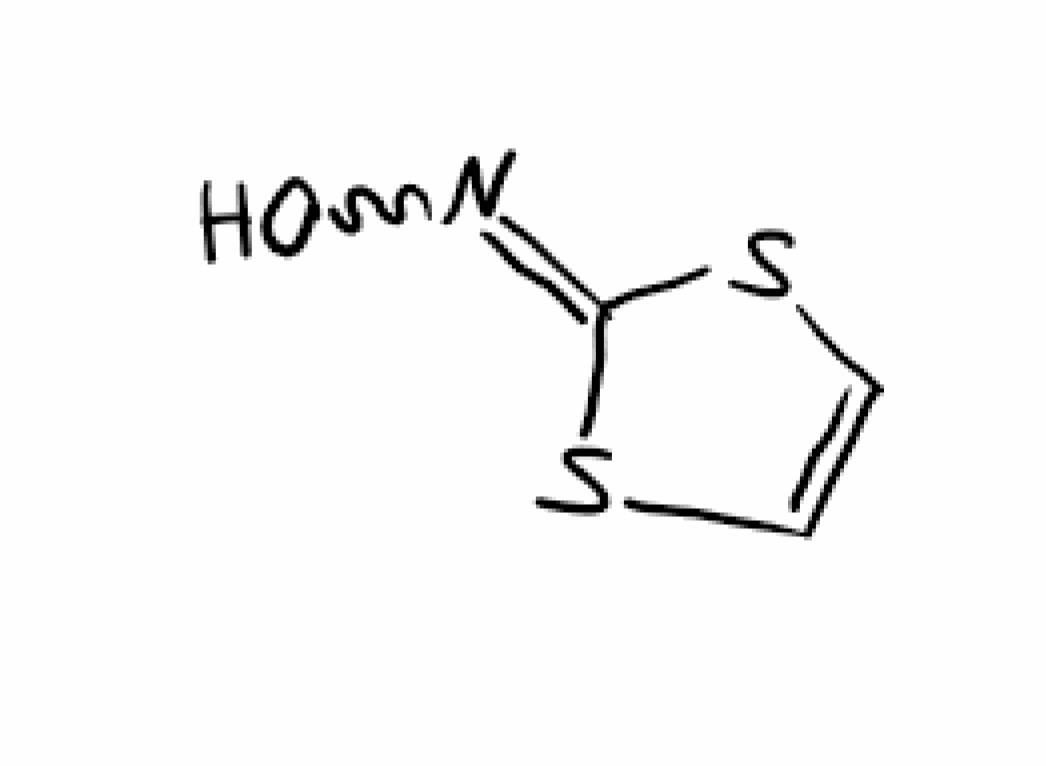
Simplified molecular-input line-entry system (SMILES) notation of the given molecule:
C1=CSC(=NO)S1